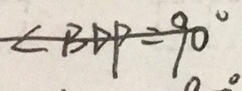
\angle B D P = 9 0 ^ { \circ }